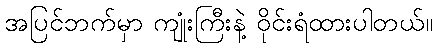
အပြင်ဘက်မှာ ကျုံးကြီးနဲ့ ဝိုင်းရံထားပါတယ်။